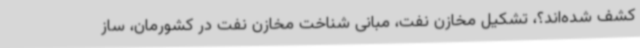
کشف شده‌اند؟، تشکیل مخازن نفت، مبانی شناخت مخازن نفت در کشورمان، ساز